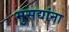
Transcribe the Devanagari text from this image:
मुसद्यांना